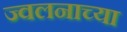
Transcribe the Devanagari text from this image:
ज्वलनाच्या